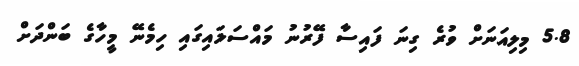
5.8 މިލިއަނަށް ވުރެ ގިނަ ފައިސާ ފޭރުނު މައްސަލައިގައި ހިމެނޭ މީހާގެ ބަންދަށް